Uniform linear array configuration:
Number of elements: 8
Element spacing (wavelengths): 0.75
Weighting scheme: hann
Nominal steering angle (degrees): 60
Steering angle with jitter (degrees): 60.468
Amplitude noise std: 0.05
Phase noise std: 0.05

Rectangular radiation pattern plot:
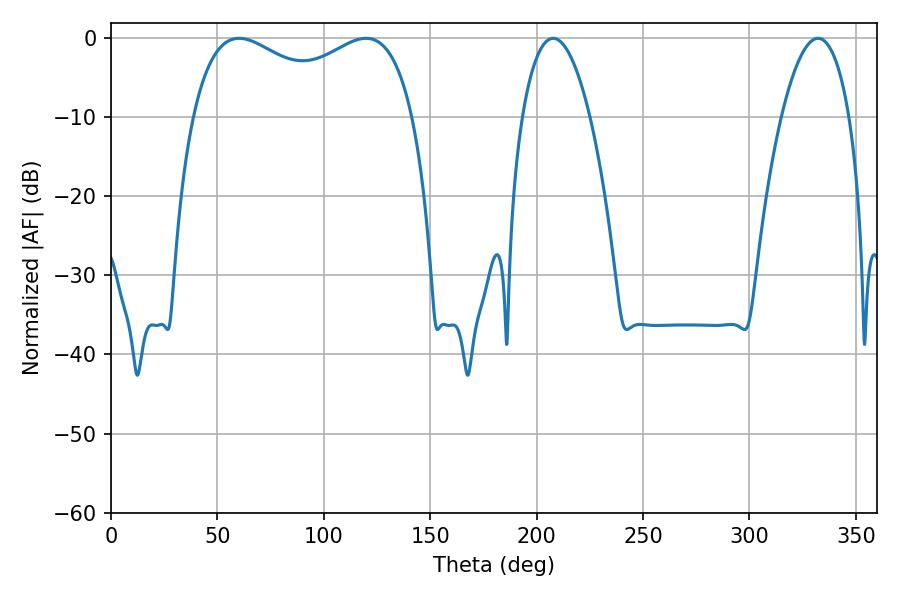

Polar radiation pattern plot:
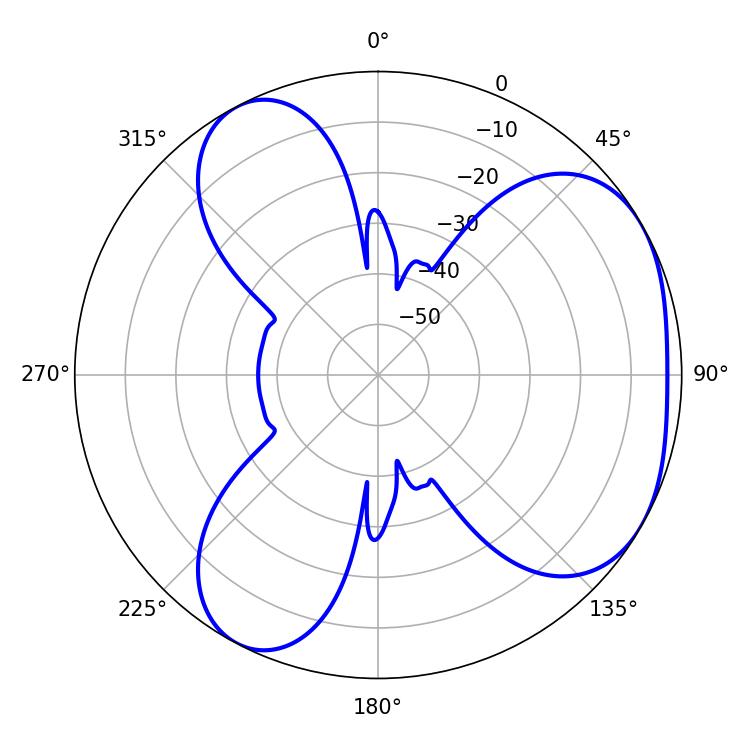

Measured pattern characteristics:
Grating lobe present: TRUE
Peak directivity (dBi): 4.109
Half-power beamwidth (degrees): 86.04
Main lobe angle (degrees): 119.88